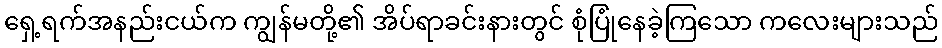
ရှေ့ရက်အနည်းငယ်က ကျွန်မတို့၏ အိပ်ရာခင်းနားတွင် စုံပြုံနေခဲ့ကြသော ကလေးများသည်